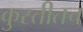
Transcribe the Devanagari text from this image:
कुस्तीतच